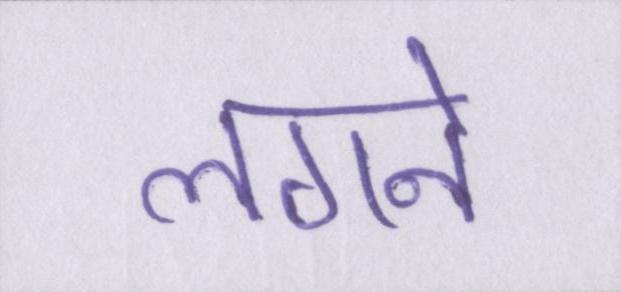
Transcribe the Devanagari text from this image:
लगने